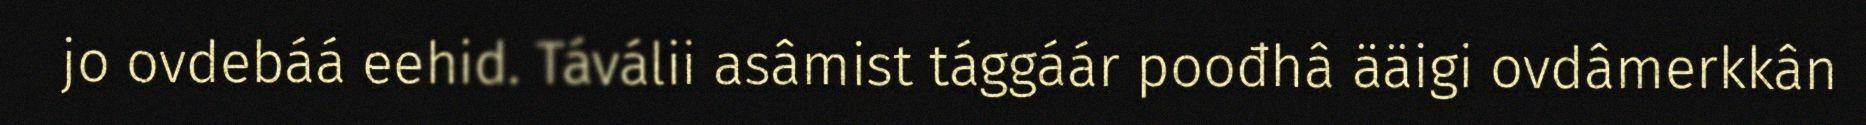
jo ovdebáá eehid. Táválii asâmist tággáár poođhâ ääigi ovdâmerkkân